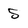
Character: 5